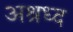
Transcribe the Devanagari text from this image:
अश्रध्द